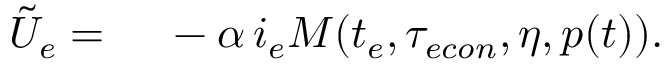
\begin{array} { r l } { \tilde { U } _ { e } = } & { { } \ - \alpha \, i _ { e } M ( t _ { e } , { \tau _ { e c o n } } , \eta , p ( t ) ) . } \end{array}